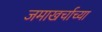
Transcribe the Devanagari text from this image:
जमाखर्चाच्या